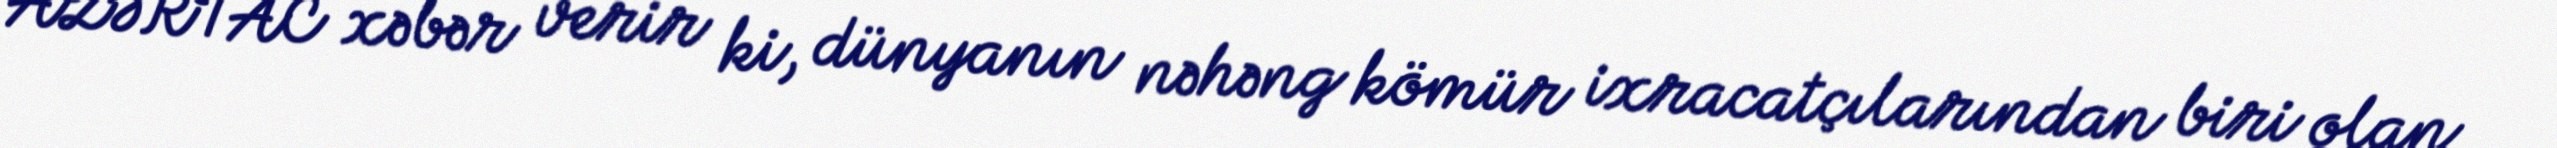
AZƏRTAC xəbər verir ki, dünyanın nəhəng kömür ixracatçılarından biri olan